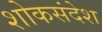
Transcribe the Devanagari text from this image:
शोकसंदेश